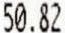
50.82